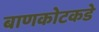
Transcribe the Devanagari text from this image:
बाणकोटकडे